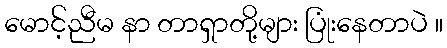
မောင့်ညီမ နာ တာရှာတို့များ ပြုံးနေတာပဲ ။